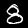
Label: 8